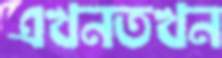
এখনতখন